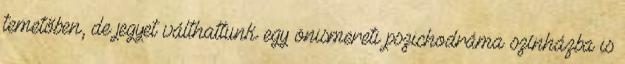
temetőben, de jegyet válthattunk egy önismereti pszichodráma színházba is